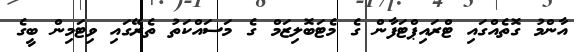
އާންމު ގޮތެއްގައި ޓްރައިޕްޓަފާން ގެ މެޓަބޮލިޒަމް ގެ މަސައްކަތު ތެރޭގައި ވިޓަމިން ބީގެ